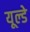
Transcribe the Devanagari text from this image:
यूल्डे